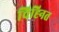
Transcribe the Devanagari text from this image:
चिह्‍नित